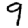
Digit: 9